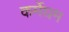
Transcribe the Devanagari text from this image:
कर्मेघम